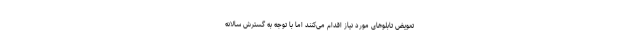
تعویض تابلوهای مورد نیاز اقدام می‌کنند اما با توجه به گسترش سالانه